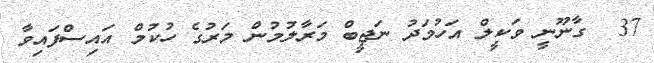
37  ގާނޫނީ ވަކީލް އަހުމަދު ނަޖީބް މަރާލުމުން މަރުގެ ހުކުމް އައިސްފައިވާ